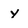
Character: y